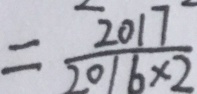
= \frac { 2 0 1 7 } { 2 0 1 6 \times 2 }